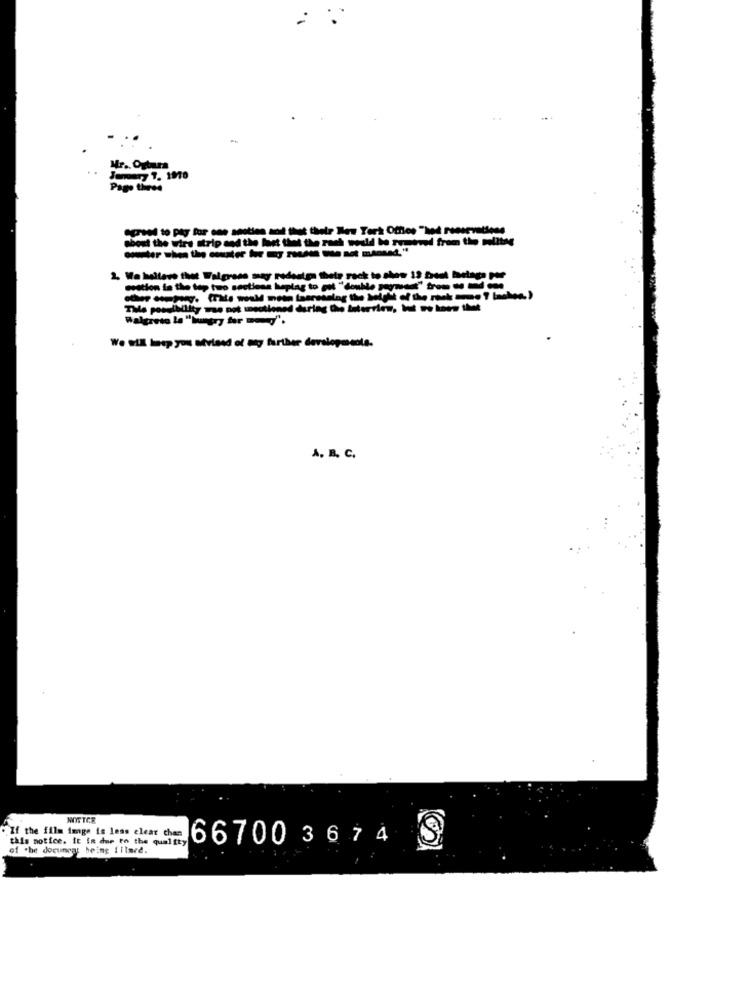
Mr ., Ogtara
Jamary 7. 1970
Pago three
about the wire strip and the fact that the rach would be removed from the malltes
2. Wa haltewe thet Falgrass may redesign thete rack to show 13 Dont betaga Per
other company. (Tale would moon laarsening the balget of the rocks cene ? banhoa)
The possibility was not sectione.
Walgrete Le "hungry for y".
A. B. C.
NOSTCR
If the film imge is less clear chan
this notice. It is due to the quality
66700 3674
of the docunrat being illmed.